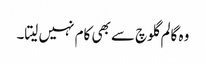
وہ گالم گلوچ سے بھی کام نہیں لیتا۔